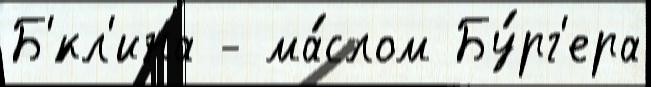
Б'́кл'ина - ма́слом Бу́рг'ера